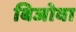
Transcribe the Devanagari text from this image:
बिजोवा